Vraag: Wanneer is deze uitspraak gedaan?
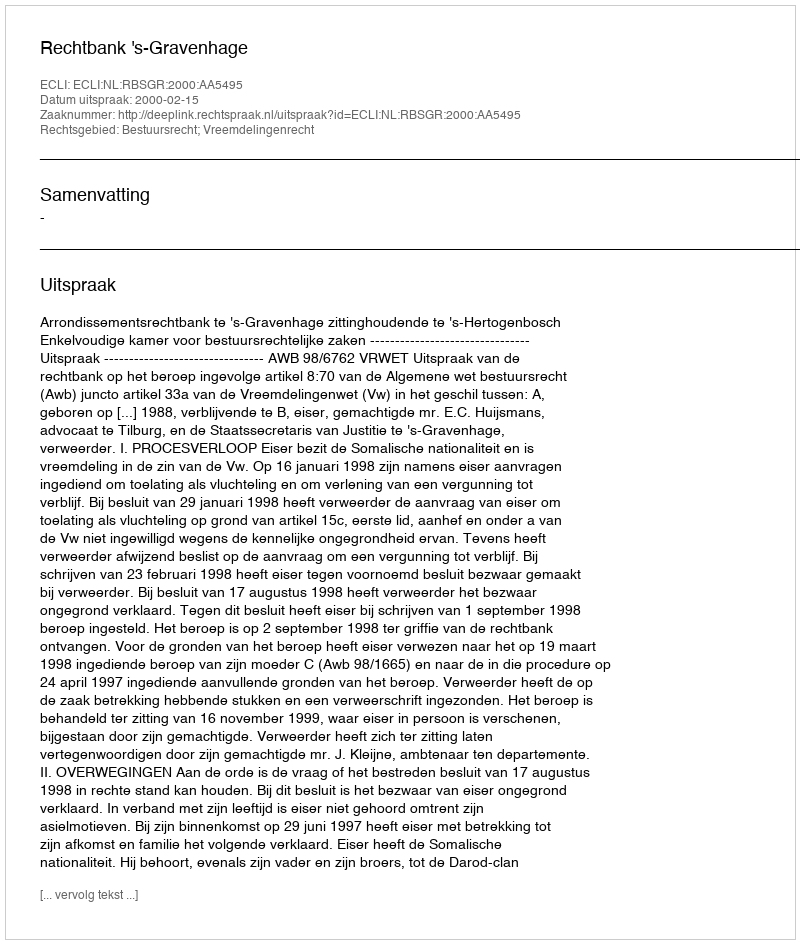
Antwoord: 2000-02-15